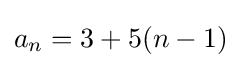
a_{n}=3+5(n-1)